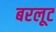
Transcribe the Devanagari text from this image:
बरलूट